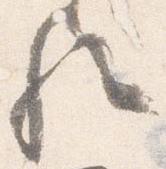
歟